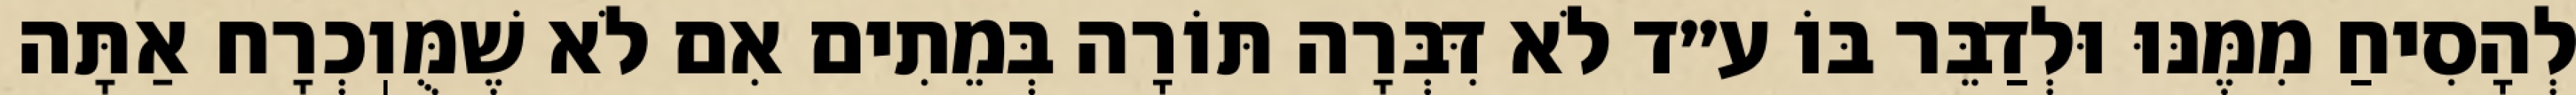
לְהָסִיחַ מִמֶּנּוּ וּלְדַבֵּר בּוֹ ע״ד לֹא דִּבְּרָה תּוֹרָה בְּמֵתִים אִם לֹא שֶׁמֻּוֽכְרָח אַתָּה